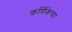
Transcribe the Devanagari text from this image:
कर्णिकेच्या